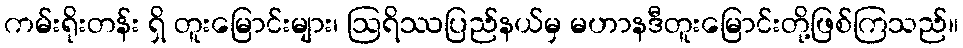
ကမ်းရိုးတန်း ရှိ တူးမြောင်းများ၊ ဩရိဿပြည်နယ်မှ မဟာနဒီတူးမြောင်းတို့ဖြစ်ကြသည်။